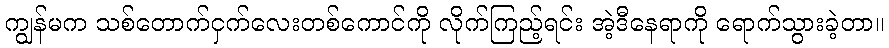
ကျွန်မက သစ်တောက်ငှက်လေးတစ်ကောင်ကို လိုက်ကြည့်ရင်း အဲ့ဒီနေရာကို ရောက်သွားခဲ့တာ။